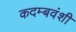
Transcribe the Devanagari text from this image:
कदम्बवंशी